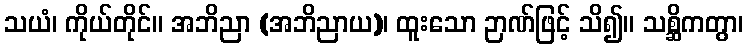
သယံ၊ ကိုယ်တိုင်။ အဘိညာ (အဘိညာယ)၊ ထူးသော ဉာဏ်ဖြင့် သိ၍။ သစ္ဆိကတွာ၊